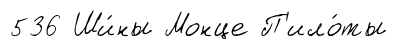
536 Ши́ны Монце П'ило́ты